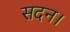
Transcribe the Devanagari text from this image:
सदन।